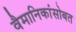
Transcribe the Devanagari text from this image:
वैमानिकांसोबत